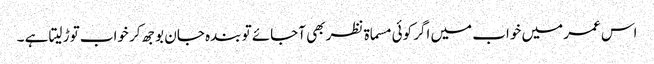
اس عمر میں خواب میں اگر کوئی مسماۃ نظر بھی آجائے تو بندہ جان بوجھ کر خواب توڑ لیتا ہے ۔